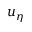
u _ { \eta }